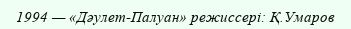
1994 — «Дәулет-Палуан» режиссері: Қ.Умаров